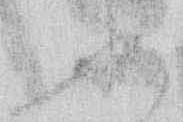
必